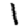
Digit: 1